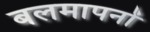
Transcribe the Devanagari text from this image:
बलमापनों